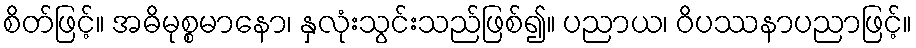
စိတ်ဖြင့်။ အဓိမုစ္စမာနော၊ နှလုံးသွင်းသည်ဖြစ်၍။ ပညာယ၊ ဝိပဿနာပညာဖြင့်။